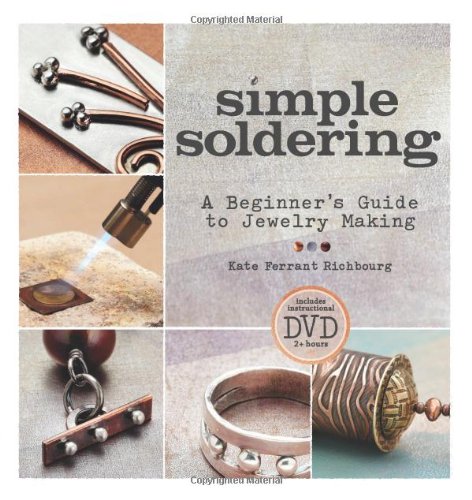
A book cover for Simple Soldering: A Beginner's Guide to Jewelry Making; Kate Ferrant Richbourg; Crafts, Hobbies & Home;